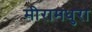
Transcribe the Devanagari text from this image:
मीरामधुरा